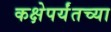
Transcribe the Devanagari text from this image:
कक्षेपर्यंतच्या